King Institute of Preventive Medicine Micro-Biological Section reports 1909-11
Year: 1909
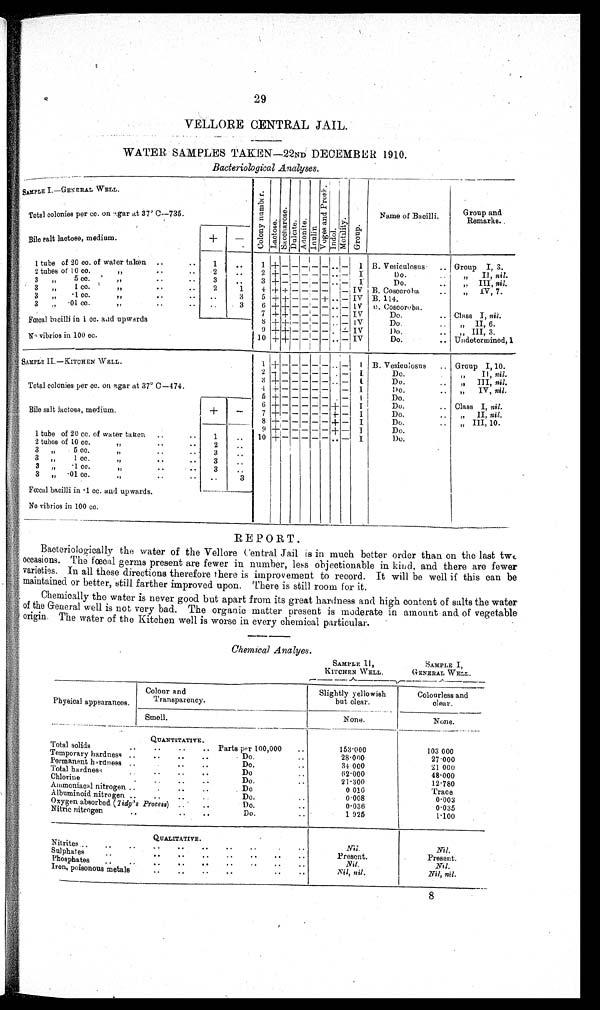
29
VELLORE CENTRAL JAIL.
WATER SAMPLES TAKEN-22ND DECEMBER 1910.
Bacteriological Analyses.
SAMPLE I.—GENERAL WELL
C o l o n y n u m b e r . L a c t o s e .
S a c c h a r o s e .
D u l c i t e .
A d o n i t e .
I n u l i n
V o g e s a n d P r o s k .
I n d o l .
M c t i l i t y .
G r o u p .
Name of Bacilli.
Group and
Remarks.
Total colonies per cc. on agar at 37° C—735.
Bile galt lactose, medium.
+ -
1 tube of 20 cc. of water taken ..
.. 1
. . 1
+ - - - - - . . - 1 B. Vesiculosus .. Group I, 3.
2 tubes of 10 cc.
" .. .. 2 .. 2 + - - - - - ... - I
Do. .. " III, nil.
3 " 5 cc.
"
. .
..
3 .. 3 + - - - - - . . - I
Do.
..
" III, nil.
3
" 1 cc.
"
. .
. .
2
. . 4 + +- - - - - I V B. Cosecroba ..
" IV, 7.
3 " -1 cc.
"
. .
. .
. .
3 5 + + - - - + . . - I V B. 114.
3 "
- 0 1 c c .
" .. .. . .
3 6 + +- - - - . . - 1V B. Coscoroba.
7 + + -
-
- - . . - IV
Do.
.. Class I, nil.
Fœcal bacilli in 1 cc. and upwards
8 + +- - - - . . - IV
Do. ..
" II, 6.
9 +
++ - - - - . . - IV
Do. .. " III, 3.
No vibrios in 100 cc.
10 + + - - - - ... - IV
Do.
.. Undetermined, 1
S A M P L E I I . — K I T C H E N W E L L .
1 + - - - - - . . - I B. Vesiculosus
Group I, 10.
2 + -- - - - . . - I
Do.
..
" II, nil.
3 + -- - - - . . - I
Do.
.. " III, nil.
Total colonies per cc. on agar at 37º C—474.
4 + -- - - -
- I
Do. .. " IV, nil.
5 + - - - - -
- I
Do.
6 + - -- - - - ++ - I
Do.
.. Class I, nil.
Bile salt lactose, medium.
+
- 7 + - - - - - + - I
Do.
.. " II, nil.
8 + - - - -
- + - I
Do.
..
" III, 10.
9 + - - - -
- + - I
Do.
1 tube of 20 cc. of water taken
. .
. . 1 .. 10 + - - -
—- . . - I
Do.
2 tubes of 10 cc
" ..
..
2
. .
3 " 5 cc.
"
. .
. .
3 ..
3 " 1 cc.
" .. .. 3
. .
3 " -1 cc.
"
. .
. . 3
. .
3 " -01 cc.
"
. .
. .
..
3
Fœcal bacilli in -1 cc, and upwards.
No vibrios in 100 cc.
REPORT.
Bacteriologically the water of the Vellore Central Jail is in much better order than on the last two
occasions. The fœcal germs present are fewer in number, less objectionable in kind, and there are fewer
varieties. In all these directions therefore there is improvement to record. It will be well if this can be
maintained or better, still farther improved upon. There is still room for it.
Chemically the water is never good but apart from its great hardness and high content of salts the water
of the General well is not very bad. The organic matter present is moderate in amount and of vegetable
origin. The water of the Kitchen well is worse in every chemical particular.
Chemical Analyes.
SAMPLE II ,
KITCHEN WELL.
S A M P L E I ,
GENERAL WELL.
Physical appearances.
Colour and
Transparency.
Slightly yellowish
but clear.
Colourless and
clear.
Smell.
None.
None.
QUANTITATIVE.
Total solids
..
.. ..
..
Parts per 100,000 . .
153.000
103 000
Temporary hardness .. .. .. ..
Do
.
. .
28.000
27.000
Permanent hardness .. ..
..
..
Do.
..
34 000
21 000
Total hardness .. ..
..
..
Do
..
62.000
48.000
Chlorine
.. .. .. ..
Do.
..
21.300
12.780
Ammoniacal nitrogen .. ..
..
..
Do
..
0 0 1 6
Trace
Albuminoid nitrogen
..
..
.. ..
Do.
..
0.008
0 . 0 0 3
Oxygen absorbed (Tidy's Process) . .
. .
Do.
..
0 036
0 035
Nitric nitrogen
.. ..
..
Do.
..
1 925
1.100
-
QUALITATIVE.
Nitrites .. .. .. .. .. .. .. .. ..
Nil.
N i l .
Sulphates
..
.. .. .. ..
..
..
..
Present.
Present.
Phosphates .. .. .. .. .. .. .. .. ..
Nil.
N i l .
Iron, poisonous metals
..
.. ..
..
..
..
Nil, nil.
Nil, nil.
8